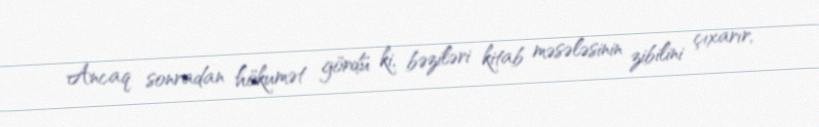
Ancaq sonradan hökumət gördü ki, bəziləri kitab məsələsinin zibilini çıxarır,